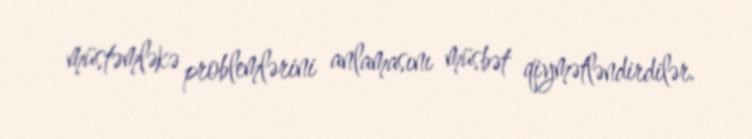
müstəmləkə problemlərini anlamasını müsbət qiymətləndirdilər.